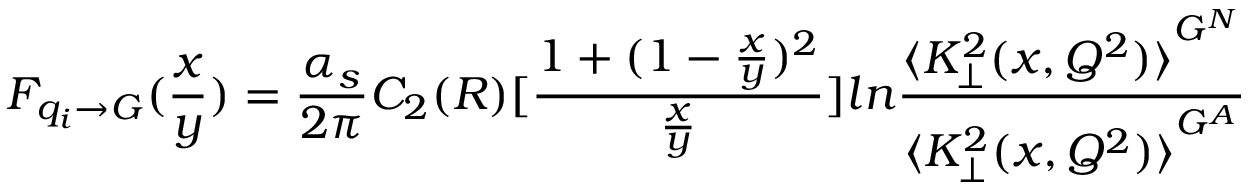
F _ { q _ { i } \rightarrow G } ( \frac x y ) = \frac { \alpha _ { s } } { 2 \pi } C _ { 2 } ( R ) [ \frac { 1 + ( 1 - \frac x y ) ^ { 2 } } { \frac x y } ] l n \frac { { \langle K _ { \perp } ^ { 2 } ( x , Q ^ { 2 } ) \rangle } ^ { G ^ { N } } } { { \langle K _ { \perp } ^ { 2 } ( x , Q ^ { 2 } ) \rangle } ^ { G ^ { A } } }